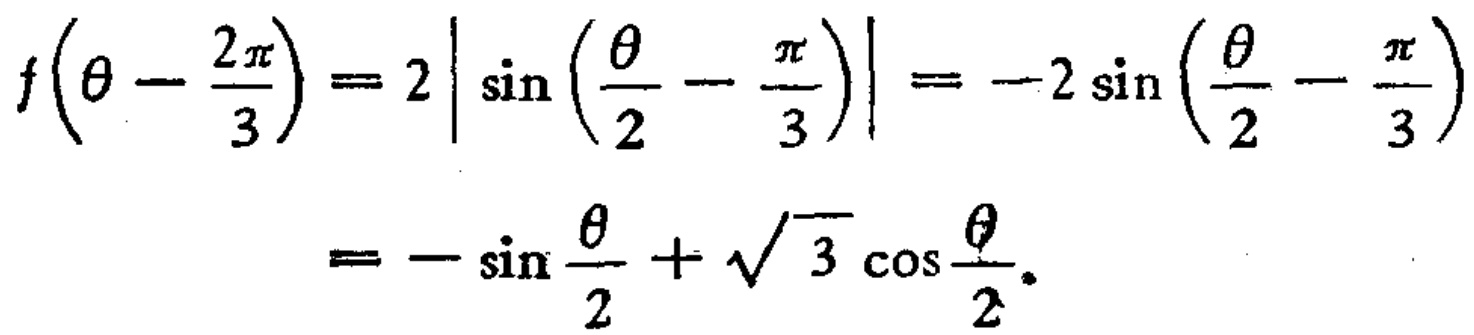
\[
\begin{align*}
f\left(\theta-\frac{2\pi}{3}\right)&=2\left|\sin\left(\frac{\theta}{2}-\frac{\pi}{3}\right)\right|=-2\sin\left(\frac{\theta}{2}-\frac{\pi}{3}\right)\\
&=-\sin\frac{\theta}{2}+\sqrt{3}\cos\frac{\theta}{2}.
\end{align*}
\]